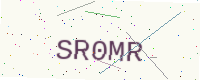
Text: SR0MR